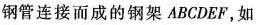
钢管连接而成的钢架ABCDEF，如